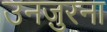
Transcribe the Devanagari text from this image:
उनज़ुरना